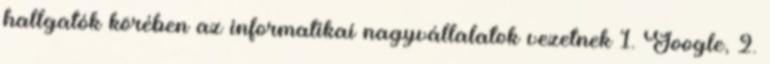
hallgatók körében az informatikai nagyvállalatok vezetnek 1. Google, 2.